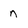
Character: n